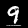
Digit: 9